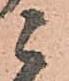
ニ